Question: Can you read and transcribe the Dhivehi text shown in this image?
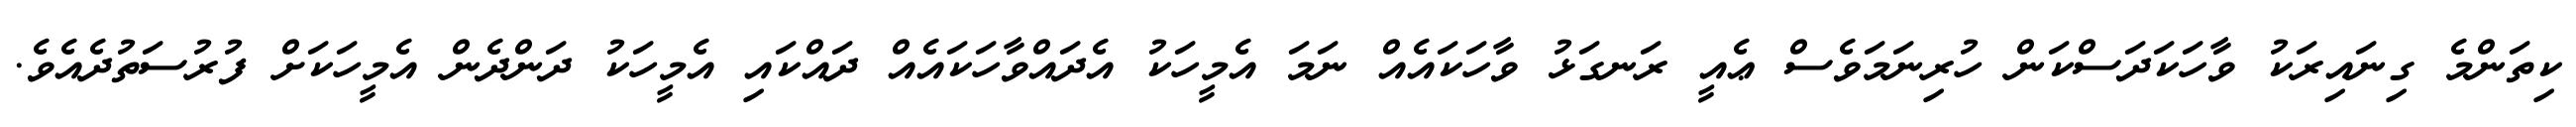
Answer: ކިތަންމެ ގިނައިރަކު ވާހަކަދަސްކަން ހުރިނަމަވެސް ޢެއީ ރަނގަޅު ވާހަކައެއް ނަމަ އެމީހަކު އެދައްވާހަކައެއް ދައްކައި އެމީހަކު ދަންދެން އެމީހަކަށް ފުރުސަތުދެއެވެ.